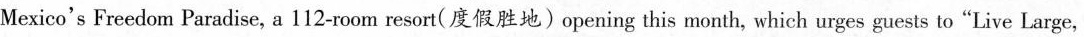
Mexico's Freedom Paradise, a 112-room resort(度假胜地)opening this month, which urges guests to"Live Large,